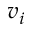
v _ { i }